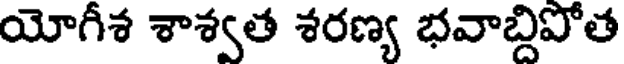
యోగీశ శాశ్వత శరణ్య భవాబ్దిపోత